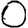
Digit: 0